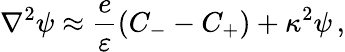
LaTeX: \nabla^{2}\psi\approx\frac{e}{\varepsilon}(C_{-}-C_{+})+\kappa^{2}\psi\, ,